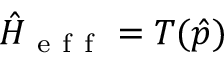
\hat { H } _ { \mathrm { ~ e ~ f ~ f ~ } } = T ( \hat { p } )